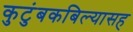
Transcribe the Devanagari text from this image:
कुटुंबकबिल्यासह